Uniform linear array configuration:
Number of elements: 64
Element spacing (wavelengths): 0.5
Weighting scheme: exponential
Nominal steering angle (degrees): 15
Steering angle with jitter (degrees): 15.194
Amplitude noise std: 0.05
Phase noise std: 0.05

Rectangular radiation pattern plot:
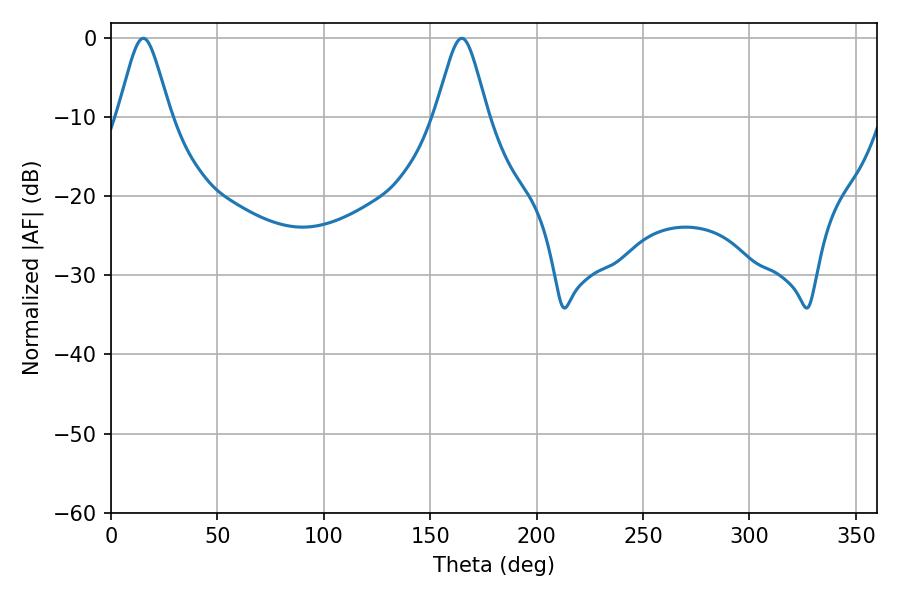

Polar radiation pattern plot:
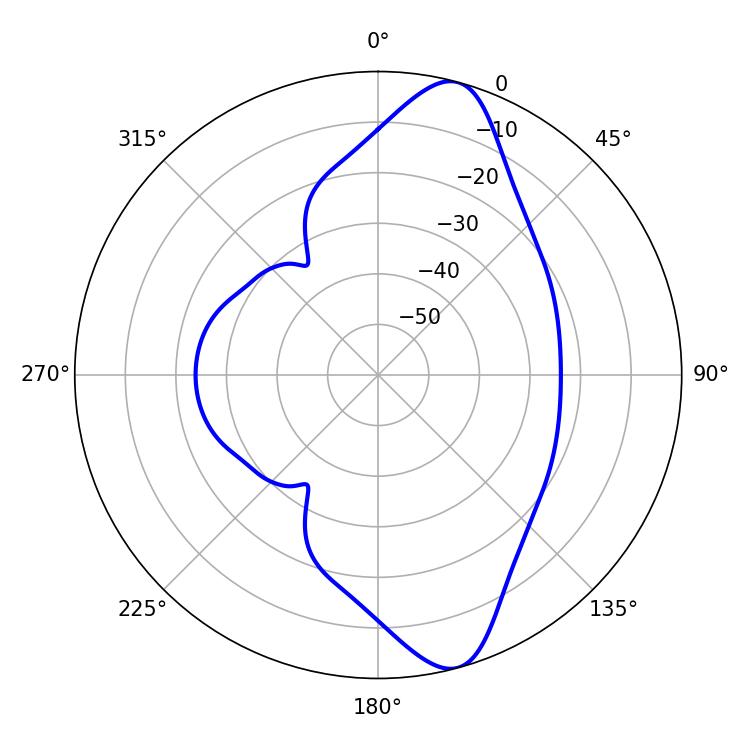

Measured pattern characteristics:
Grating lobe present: FALSE
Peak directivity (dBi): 11.542
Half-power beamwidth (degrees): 11.88
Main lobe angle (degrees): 15.12